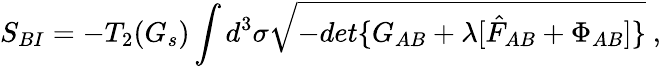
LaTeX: S_{BI}=-T_{2}(G_{s})\int d^{3}\sigma\sqrt{-det\{ G_{AB}+\lambda[\hat{F}_{AB}+\Phi_{AB}]\} }\ ,